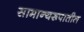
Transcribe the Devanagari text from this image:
सामान्यरूपातील